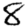
Digit: 8